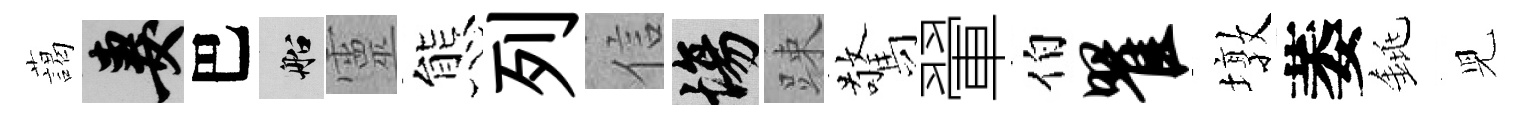
藹妻巴船靈態列信場踈驚翬伯瞿墩萎銚児